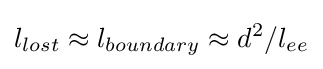
l_{lost}\approx l_{boundary}\approx d^{2}/l_{ee}